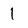
Character: 1